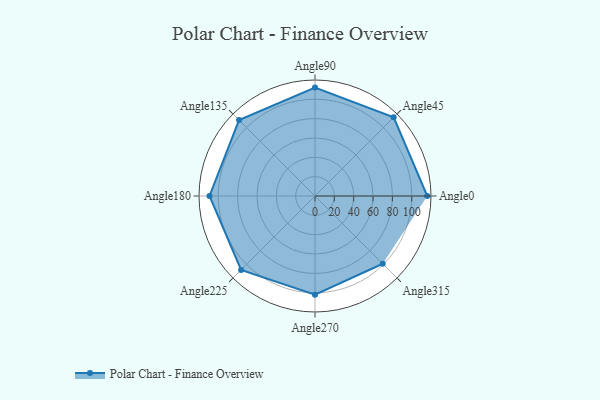
{"axis": {"x": "Angle", "y": "Radius"}, "legend": [""], "data": [{"x": "Angle0", "y": 116.0, "type": ""}, {"x": "Angle45", "y": 115.0, "type": ""}, {"x": "Angle90", "y": 112.0, "type": ""}, {"x": "Angle135", "y": 111.0, "type": ""}, {"x": "Angle180", "y": 109.0, "type": ""}, {"x": "Angle225", "y": 108.0, "type": ""}, {"x": "Angle270", "y": 102.0, "type": ""}, {"x": "Angle315", "y": 99.0, "type": ""}]}